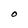
Character: O